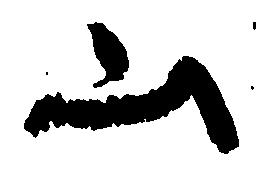
山